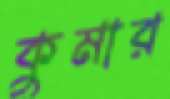
কুমার